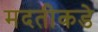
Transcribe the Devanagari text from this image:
मदतीकडे